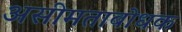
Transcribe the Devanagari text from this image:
असीमताबोधक